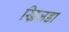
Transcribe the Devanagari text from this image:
खिजडा